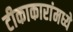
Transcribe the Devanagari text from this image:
टीकाकारांमध्ये